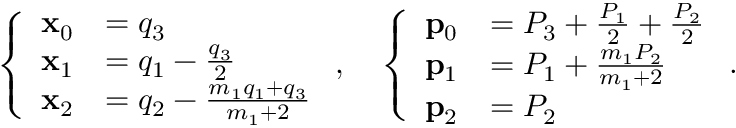
\left\{ \begin{array} { l l } { \mathbf { x } _ { 0 } } & { = q _ { 3 } } \\ { \mathbf { x } _ { 1 } } & { = q _ { 1 } - \frac { q _ { 3 } } { 2 } } \\ { \mathbf { x } _ { 2 } } & { = q _ { 2 } - \frac { m _ { 1 } q _ { 1 } + q _ { 3 } } { m _ { 1 } + 2 } } \end{array} \right. , \quad \left\{ \begin{array} { l l } { \mathbf { p } _ { 0 } } & { = P _ { 3 } + \frac { P _ { 1 } } { 2 } + \frac { P _ { 2 } } { 2 } } \\ { \mathbf { p } _ { 1 } } & { = P _ { 1 } + \frac { m _ { 1 } P _ { 2 } } { m _ { 1 } + 2 } } \\ { \mathbf { p } _ { 2 } } & { = P _ { 2 } } \end{array} \right. .